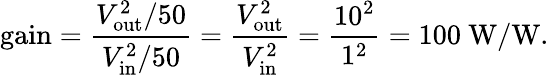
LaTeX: {\mathrm{gain}}={\frac{V_{\mathrm{out}}^{2}/50}{V_{\mathrm{in}}^{2}/50}}={\frac{V_{\mathrm{out}}^{2}}{V_{\mathrm{in}}^{2}}}={\frac{10^{2}}{1^{2}}}=100~{\mathrm{W/W}}.